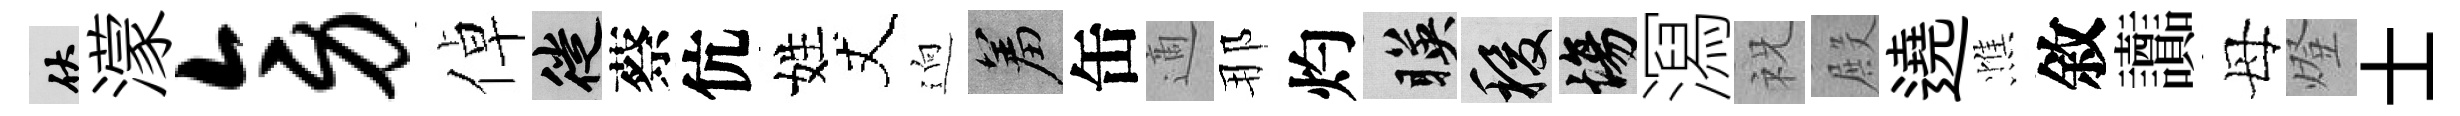
伏濛旁倬徙蔡伉姓丈逈羞缶適那灼暎稷場㵼祝殿遶憔敘讟母燈士